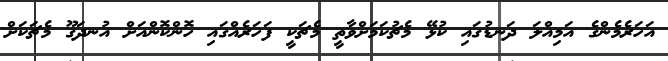
އަހަރެމެންގެ އަމިއްލަ ދަނޑުގައި ކުޅޭ މެޗުކަމަށްވާތީ މެޗަކީ ފަހަރެއްގައި ހޮންކޮންއަށް އުނދަގޫ މެޗަކަށް